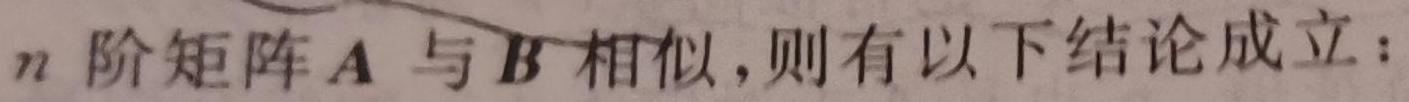
$n$ 阶矩阵 $\boldsymbol{A}$ 与 $\boldsymbol{B}$ 相似，则有以下结论成立：